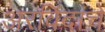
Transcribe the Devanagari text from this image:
अरविंदांचे